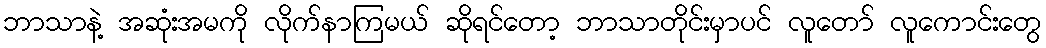
ဘာသာနဲ့ အဆုံးအမကို လိုက်နာကြမယ် ဆိုရင်တော့ ဘာသာတိုင်းမှာပင် လူတော် လူကောင်းတွေ